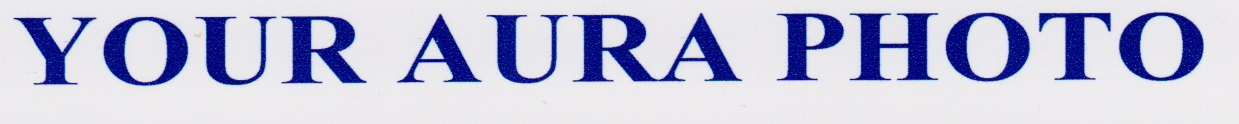
YOUR AURA PHOTO